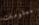
معلومات